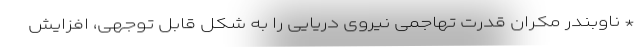
* ناوبندر مکران قدرت تهاجمی نیروی دریایی را به شکل قابل توجهی، افزایش